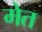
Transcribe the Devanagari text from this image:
मेत